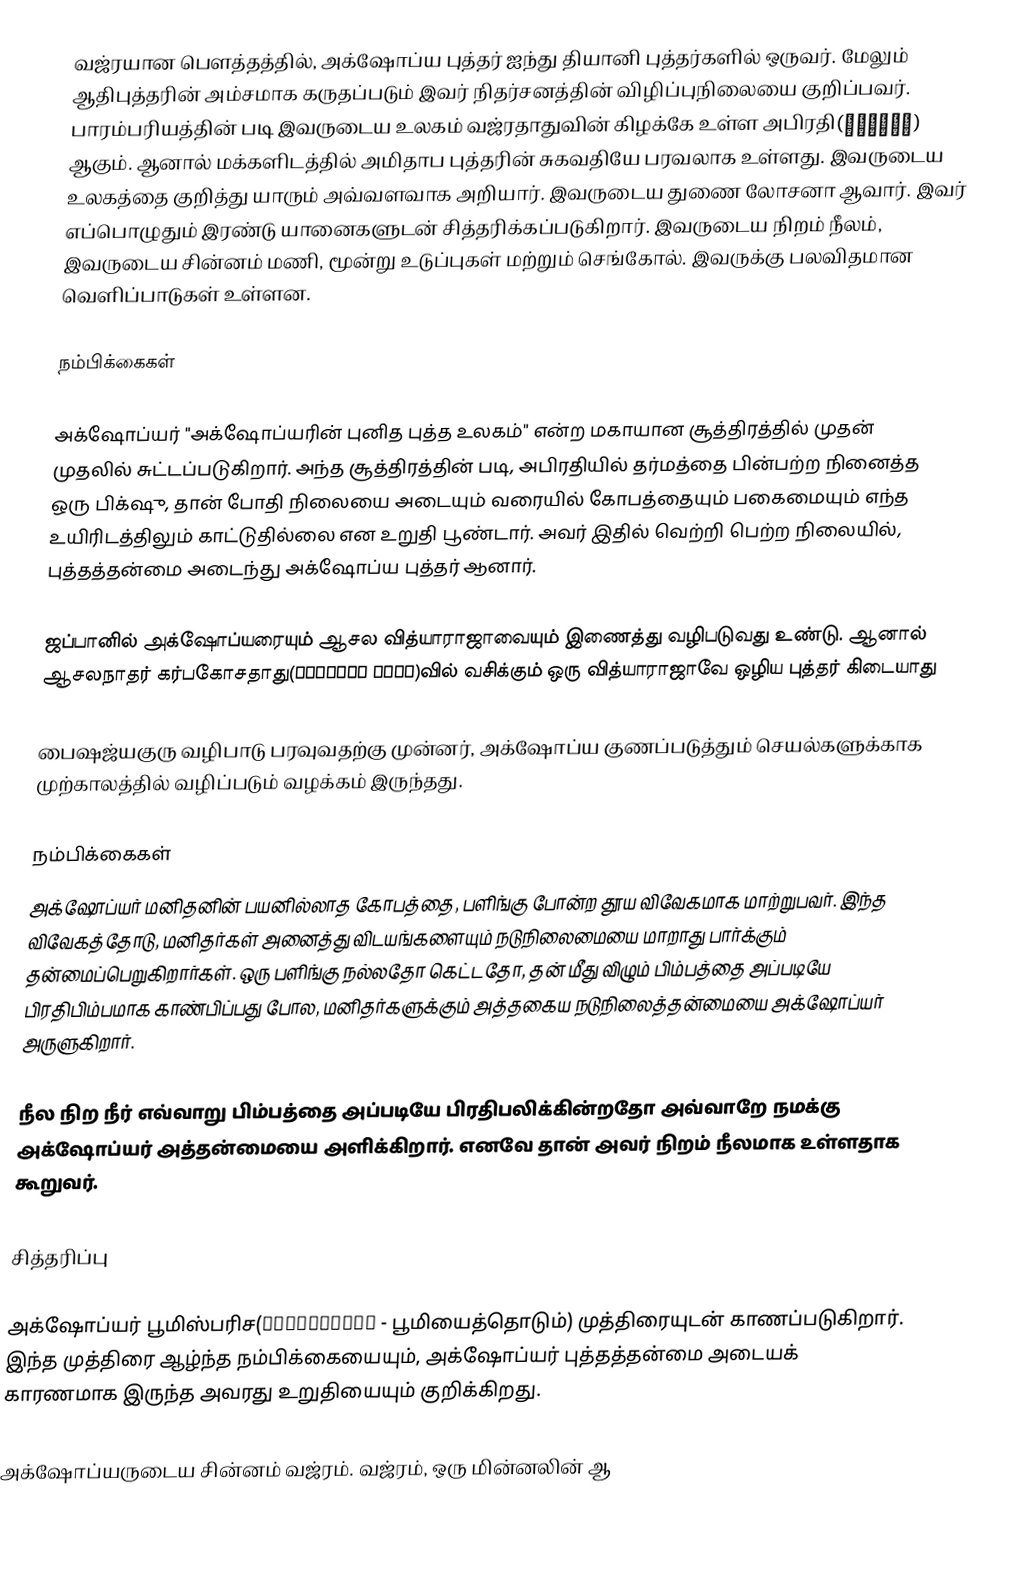
வஜ்ரயான பௌத்தத்தில், அக்‌ஷோப்ய புத்தர் ஐந்து தியானி புத்தர்களில் ஒருவர். மேலும் ஆதிபுத்தரின் அம்சமாக கருதப்படும் இவர் நிதர்சனத்தின் விழிப்புநிலையை குறிப்பவர். பாரம்பரியத்தின் படி இவருடைய உலகம் வஜ்ரதாதுவின் கிழக்கே உள்ள அபிரதி(अभिरति)  ஆகும். ஆனால் மக்களிடத்தில் அமிதாப புத்தரின் சுகவதியே பரவலாக உள்ளது. இவருடைய உலகத்தை குறித்து யாரும் அவ்வளவாக அறியார். இவருடைய துணை லோசனா ஆவார். இவர் எப்பொழுதும் இரண்டு யானைகளுடன் சித்தரிக்கப்படுகிறார். இவருடைய நிறம் நீலம், இவருடைய சின்னம் மணி, மூன்று உடுப்புகள் மற்றும் செங்கோல். இவருக்கு பலவிதமான வெளிப்பாடுகள் உள்ளன.

நம்பிக்கைகள்

அக்‌ஷோப்யர் "அக்‌ஷோப்யரின் புனித புத்த உலகம்" என்ற மகாயான சூத்திரத்தில் முதன் முதலில் சுட்டப்படுகிறார். அந்த சூத்திரத்தின் படி, அபிரதியில் தர்மத்தை பின்பற்ற நினைத்த ஒரு பிக்‌ஷு, தான் போதி நிலையை அடையும் வரையில் கோபத்தையும் பகைமையும் எந்த உயிரிடத்திலும் காட்டுதில்லை என உறுதி பூண்டார். அவர் இதில் வெற்றி பெற்ற நிலையில், புத்தத்தன்மை அடைந்து அக்‌ஷோப்ய புத்தர் ஆனார்.

ஜப்பானில் அக்‌ஷோப்யரையும் ஆசல வித்யாராஜாவையும் இணைத்து வழிபடுவது உண்டு. ஆனால் ஆசலநாதர் கர்பகோசதாது(गर्भखोस धातु)வில் வசிக்கும் ஒரு வித்யாராஜாவே ஒழிய புத்தர் கிடையாது

பைஷஜ்யகுரு வழிபாடு பரவுவதற்கு முன்னர், அக்‌ஷோப்ய குணப்படுத்தும் செயல்களுக்காக முற்காலத்தில் வழிப்படும் வழக்கம் இருந்தது.

நம்பிக்கைகள்
அக்‌ஷோப்யர் மனிதனின் பயனில்லாத கோபத்தை, பளிங்கு போன்ற தூய விவேகமாக மாற்றுபவர். இந்த விவேகத்தோடு, மனிதர்கள் அனைத்து விடயங்களையும் நடுநிலைமையை மாறாது பார்க்கும் தன்மைப்பெறுகிறார்கள். ஒரு பளிங்கு நல்லதோ கெட்டதோ, தன் மீது விழும் பிம்பத்தை அப்படியே பிரதிபிம்பமாக காண்பிப்பது போல, மனிதர்களுக்கும் அத்தகைய நடுநிலைத்தன்மையை அக்‌ஷோப்யர் அருளுகிறார்.

நீல நிற நீர் எவ்வாறு பிம்பத்தை அப்படியே பிரதிபலிக்கின்றதோ அவ்வாறே நமக்கு அக்‌ஷோப்யர் அத்தன்மையை அளிக்கிறார். எனவே தான் அவர் நிறம் நீலமாக உள்ளதாக கூறுவர்.

சித்தரிப்பு

அக்‌ஷோப்யர் பூமிஸ்பரிச(भूमिस्पर्श - பூமியைத்தொடும்) முத்திரையுடன் காணப்படுகிறார். இந்த முத்திரை ஆழ்ந்த நம்பிக்கையையும், அக்‌ஷோப்யர் புத்தத்தன்மை அடையக் காரணமாக இருந்த அவரது உறுதியையும் குறிக்கிறது.

அக்‌ஷோப்யருடைய சின்னம் வஜ்ரம். வஜ்ரம், ஒரு மின்னலின் ஆ